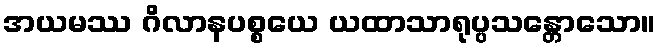
အယမဿ ဂိလာနပစ္စယေ ယထာသာရုပ္ပသန္တောသော။